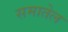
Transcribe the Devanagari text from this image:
समातेल